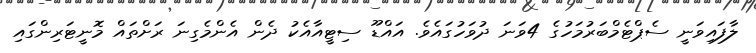
ލާފައިވަނީ ސެޕްޓެމްބަރުމަހުގެ 4ވަނަ ދުވަހުގައެވެ. އައްޑޫ ސިޓީއާއެކު ދެން އެންމެގިނަ ރަށްތައް މޮނީޓަރިންގައި